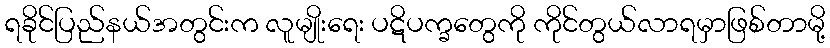
ရခိုင်ပြည်နယ်အတွင်းက လူမျိုးရေး ပဋိပက္ခတွေကို ကိုင်တွယ်လာရမှာဖြစ်တာမို့